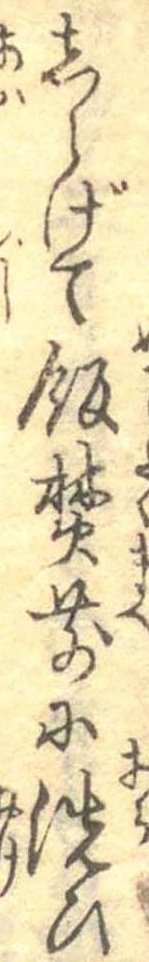
しらげて飯焚前に洗ひ